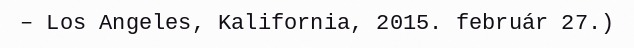
– Los Angeles, Kalifornia, 2015. február 27.)